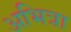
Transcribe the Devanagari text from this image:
अभित्रा